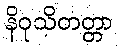
နိဝုသိတတ္တာ